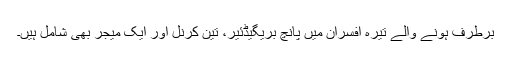
برطرف ہونے والے تیرہ افسران میں پانچ بریگیڈئیر، تین کرنل اور ایک میجر بھی شامل ہیں۔